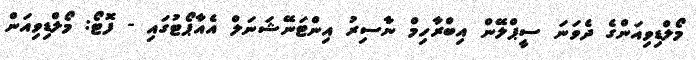
މޯލްޑިވިއަންގެ ދެވަނަ ސީޕްލޭން އިބްރާހިމް ނާސިރު އިންޓަނޭޝަނަލް އެއާޕޯޓުގައި - ފޮޓޯ: މޯލްޑިވިއަން